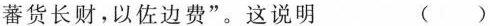
蕃货长财，以佐边费”。这说明 ( )